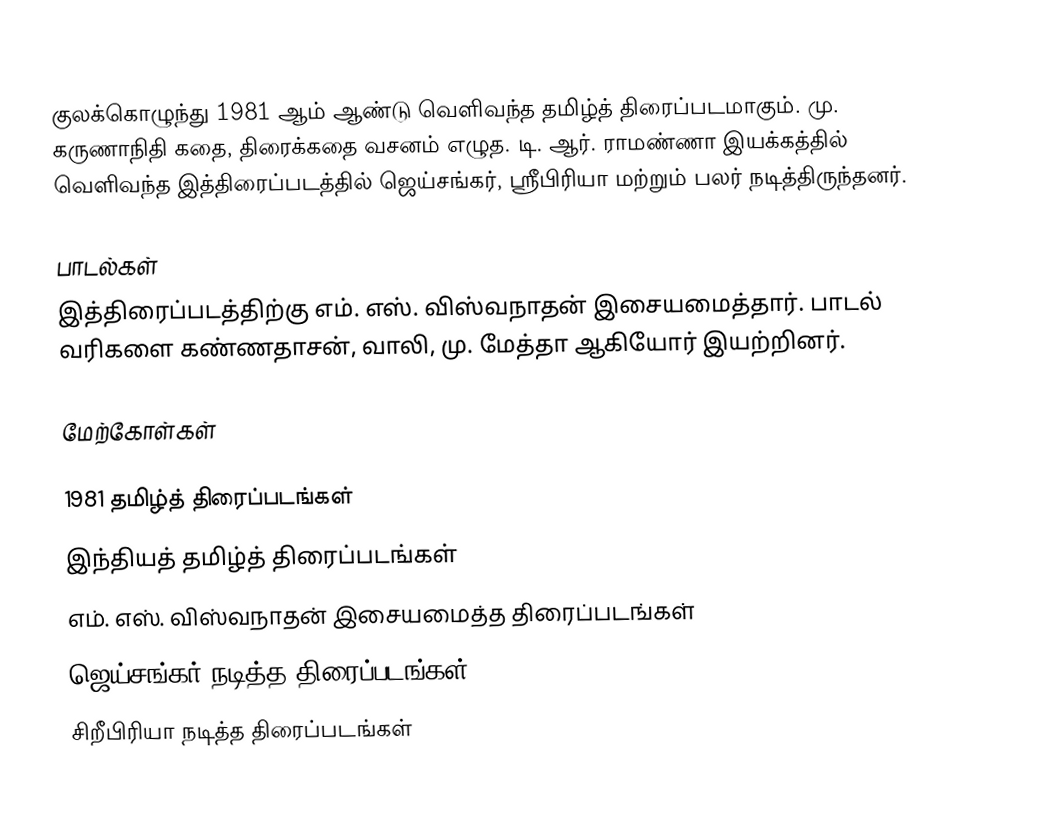
குலக்கொழுந்து 1981 ஆம் ஆண்டு வெளிவந்த தமிழ்த் திரைப்படமாகும்.  மு. கருணாநிதி கதை, திரைக்கதை வசனம் எழுத.  டி. ஆர். ராமண்ணா இயக்கத்தில் வெளிவந்த இத்திரைப்படத்தில் ஜெய்சங்கர், ஸ்ரீபிரியா மற்றும் பலர் நடித்திருந்தனர்.

பாடல்கள்
இத்திரைப்படத்திற்கு எம். எஸ். விஸ்வநாதன் இசையமைத்தார். பாடல் வரிகளை கண்ணதாசன், வாலி, மு. மேத்தா ஆகியோர் இயற்றினர்.

மேற்கோள்கள்

1981 தமிழ்த் திரைப்படங்கள்
இந்தியத் தமிழ்த் திரைப்படங்கள்
எம். எஸ். விஸ்வநாதன் இசையமைத்த திரைப்படங்கள்
ஜெய்சங்கர் நடித்த திரைப்படங்கள்
சிறீபிரியா நடித்த திரைப்படங்கள்